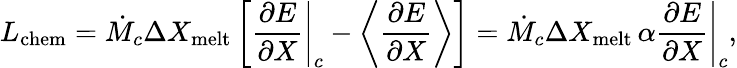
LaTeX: L_{\mathrm{chem}}=\dot{M}_{c}\Delta X_{\mathrm{melt}}\left[\left.{\frac{\partial E}{\partial X}}\right|_{c}-\left\langle{\frac{\partial E}{\partial X}}\right\rangle\right]=\dot{M}_{c}\Delta X_{\mathrm{melt}}\, \alpha\left.{\frac{\partial E}{\partial X}}\right|_{c},